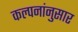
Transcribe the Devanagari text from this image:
कल्पनांनुसार